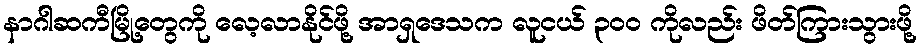
နာဂါဆကီမြို့တွေကို လေ့လာနိုင်ဖို့ အာရှဒေသက လူငယ် ၃၀၀ ကိုလည်း ဖိတ်ကြားသွားဖို့